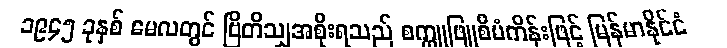
၁၉၄၅ ခုနှစ် မေလတွင် ဗြိတိသျှအစိုးရသည် စက္ကူဖြူစီမံကိန်းဖြင့် မြန်မာနိုင်ငံ